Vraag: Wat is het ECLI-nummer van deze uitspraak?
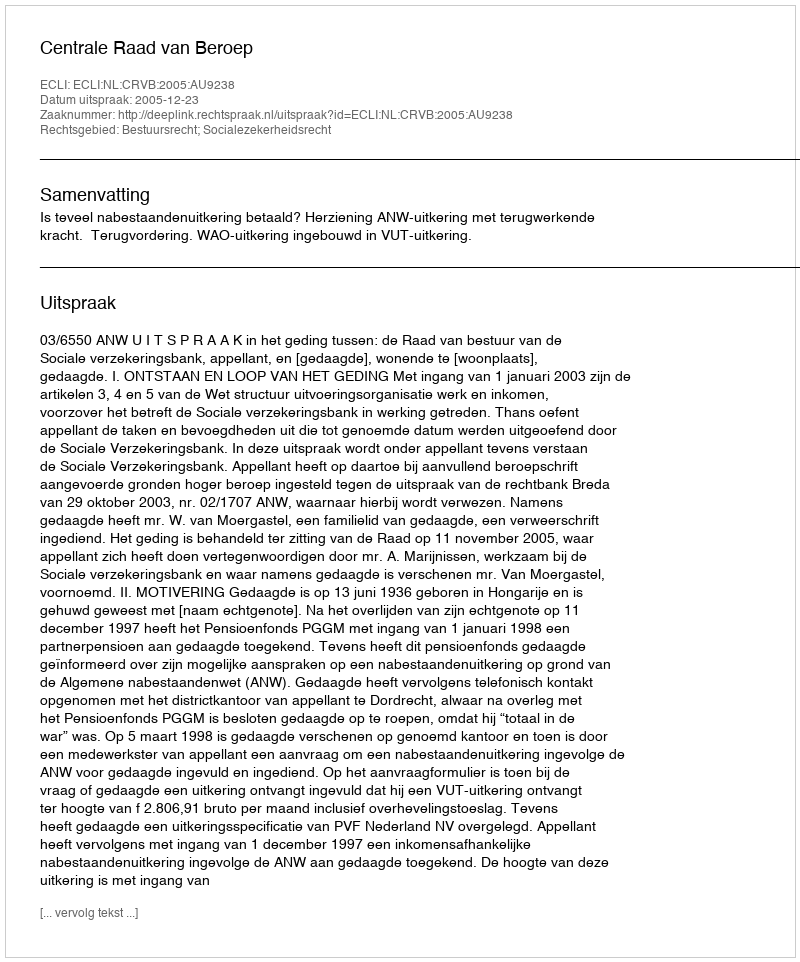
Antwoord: ECLI:NL:CRVB:2005:AU9238